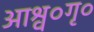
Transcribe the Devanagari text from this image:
आश्व०गृ०